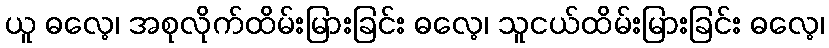
ယူ ဓလေ့၊ အစုလိုက်ထိမ်းမြားခြင်း ဓလေ့၊ သူငယ်ထိမ်းမြားခြင်း ဓလေ့၊